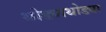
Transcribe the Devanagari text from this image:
थोड्याथोड्या